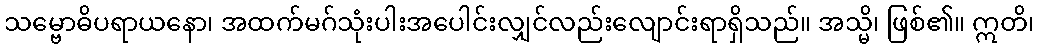
သမ္ဗောဓိပရာယနော၊ အထက်မဂ်သုံးပါးအပေါင်းလျှင်လည်းလျောင်းရာရှိသည်။ အသ္မိ၊ ဖြစ်၏။ ဣတိ၊